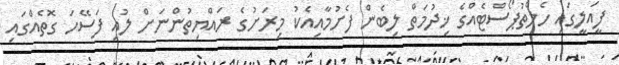
ފީއަލީގައި ހެލްތުޕޯސްޓެއްގެ ޚިދުމަތް ލިބެން ފެށުމާއިއެކު މިރަށުގެ ރައްޔިތުންނަށް ލުއި ފަސޭހަ ގޮތެއްގައި